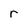
Character: r